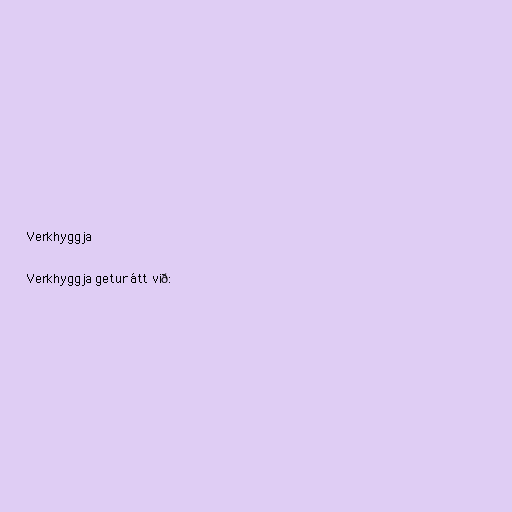
Verkhyggja

Verkhyggja getur átt við: